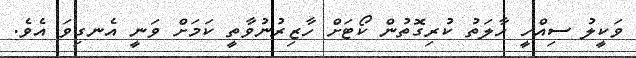
ވަކީލު ސިއްހީ ހާލަތު ކުރިގޮތުން ކޯޓަށް ހާޒިރުނުވާތީ ކަމަށް ވަނީ އެނގިވަ އެވެ.